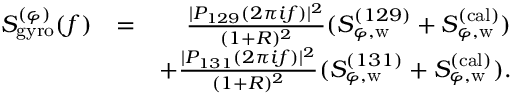
\begin{array} { r l r } { S _ { \mathrm { g y r o } } ^ { ( \varphi ) } ( f ) } & { = } & { \frac { | P _ { 1 2 9 } ( 2 \pi i f ) | ^ { 2 } } { ( 1 + R ) ^ { 2 } } ( S _ { \varphi , \mathrm { w } } ^ { ( 1 2 9 ) } + S _ { \varphi , \mathrm { w } } ^ { ( \mathrm { c a l } ) } ) } \\ & { } & { + \frac { | P _ { 1 3 1 } ( 2 \pi i f ) | ^ { 2 } } { ( 1 + R ) ^ { 2 } } ( S _ { \varphi , \mathrm { w } } ^ { ( 1 3 1 ) } + S _ { \varphi , \mathrm { w } } ^ { ( \mathrm { c a l } ) } ) . } \end{array}